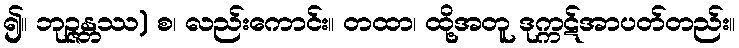
၍။ ဘုဉ္ဇန္တဿ) စ၊ လည်းကောင်း။ တထာ၊ ထို့အတူ ဒုက္ကဋ်အာပတ်တည်း။